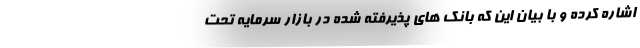
اشاره کرده و با بیان این که بانک های پذیرفته شده در بازار سرمایه تحت